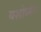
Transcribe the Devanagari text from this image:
यशोर्ध्मन्